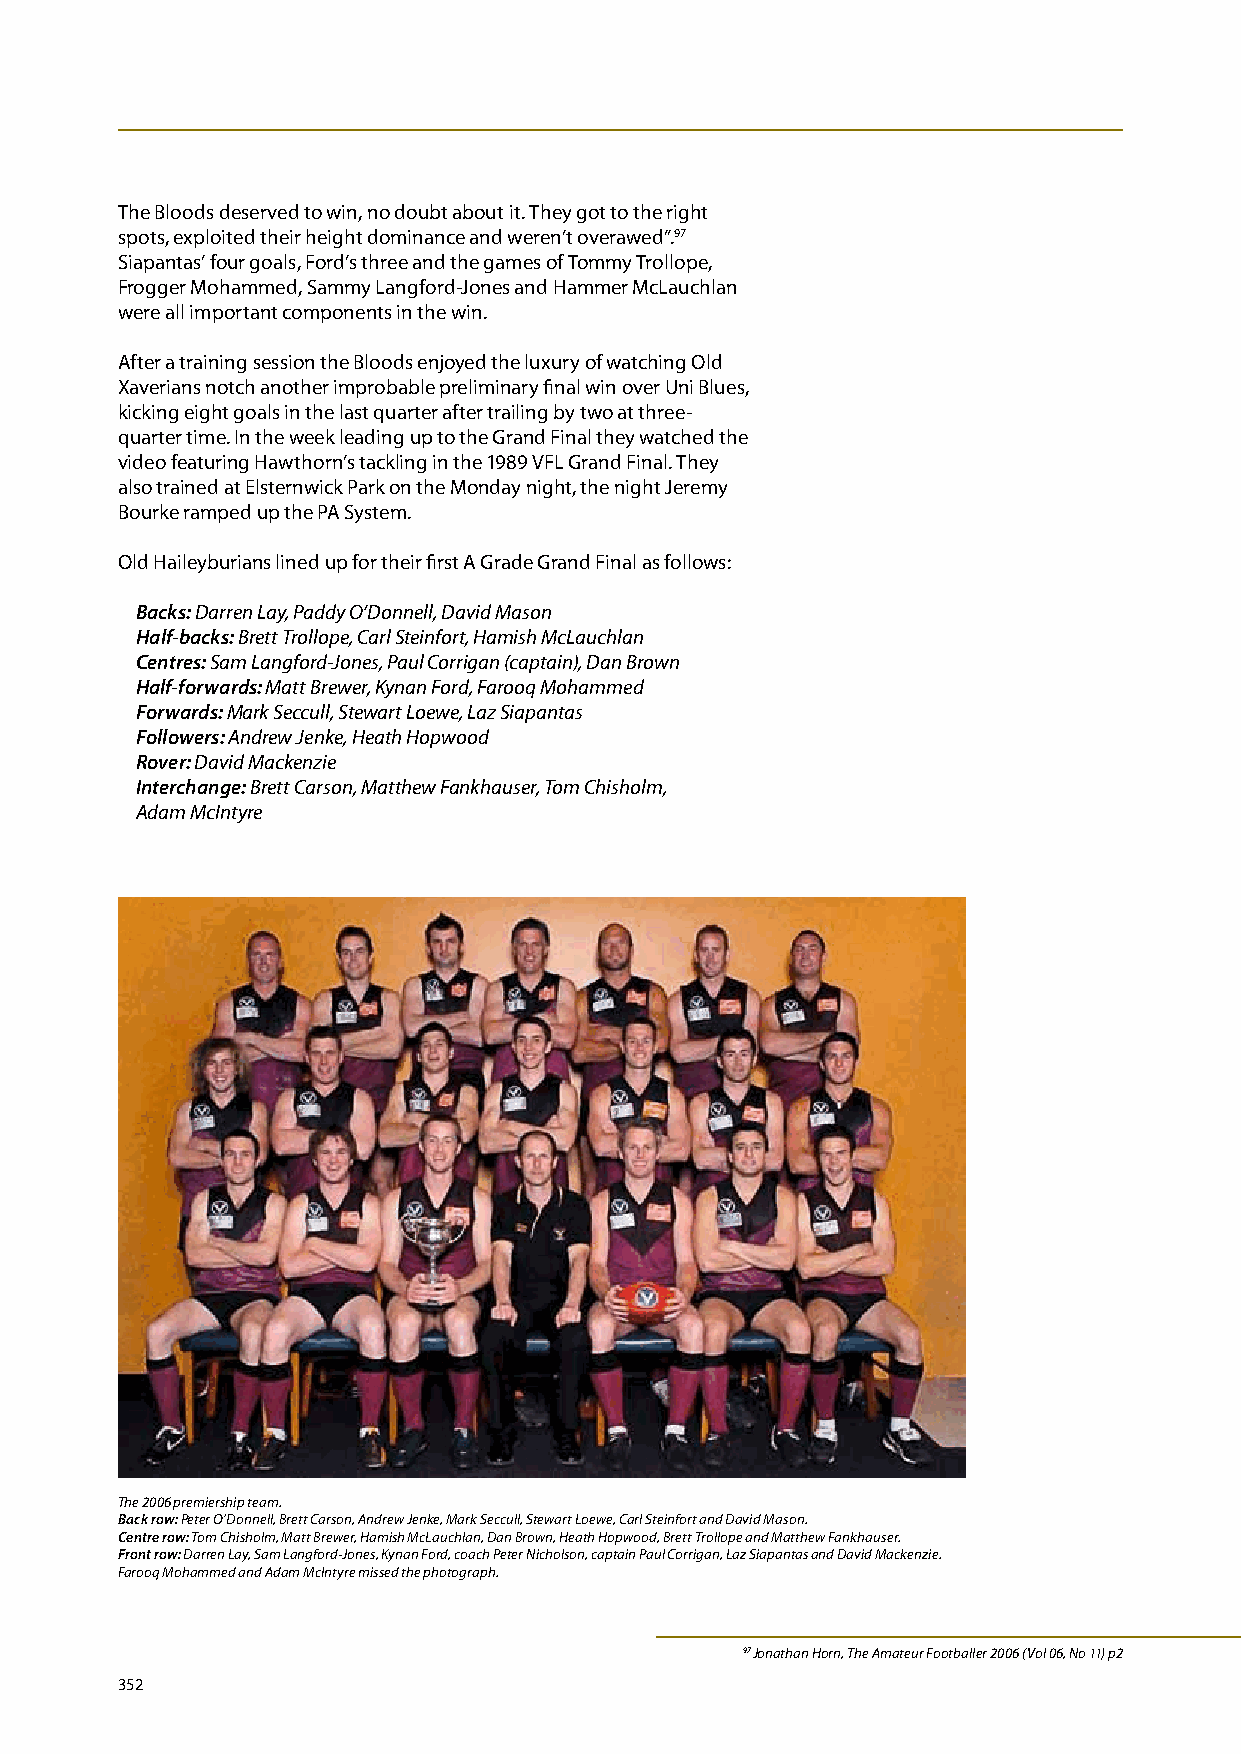
The Bloods deserved to win, no doubt about it. They got to the right
 spots, exploited their height dominance and weren’t overawed”.97
 Siapantas’ four goals, Ford’s three and the games of Tommy Trollope,
 Frogger Mohammed, Sammy Langford-Jones and Hammer McLauchlan
 were all important components in the win.
 After a training session the Bloods enjoyed the luxury of watching Old
 Xaverians notch another improbable preliminary final win over Uni Blues,
 kicking eight goals in the last quarter after trailing by two at three-
 quarter time. In the week leading up to the Grand Final they watched the
 video featuring Hawthorn’s tackling in the 1989 VFL Grand Final. They
 also trained at Elsternwick Park on the Monday night, the night Jeremy
 Bourke ramped up the PA System.
 Old Haileyburians lined up for their first A Grade Grand Final as follows:
 Backs: Darren Lay, Paddy O’Donnell, David Mason
 Half-backs: Brett Trollope, Carl Steinfort, Hamish McLauchlan
 Centres: Sam Langford-Jones, Paul Corrigan (captain), Dan Brown
 Half-forwards: Matt Brewer, Kynan Ford, Farooq Mohammed
 Forwards: Mark Seccull, Stewart Loewe, Laz Siapantas
 Followers: Andrew Jenke, Heath Hopwood
 Rover: David Mackenzie
 Interchange: Brett Carson, Matthew Fankhauser, Tom Chisholm,
 Adam McIntyre
 The 2006 premiership team.
 Back row: Peter O’Donnell, Brett Carson, Andrew Jenke, Mark Seccull, Stewart Loewe, Carl Steinfort and David Mason.
 Centre row: Tom Chisholm, Matt Brewer, Hamish McLauchlan, Dan Brown, Heath Hopwood, Brett Trollope and Matthew Fankhauser.
 Front row: Darren Lay, Sam Langford-Jones, Kynan Ford, coach Peter Nicholson, captain Paul Corrigan, Laz Siapantas and David Mackenzie.
 Farooq Mohammed and Adam McIntyre missed the photograph.
 97 Jonathan Horn, The Amateur Footballer 2006 (Vol 06, No 11) p2
 352